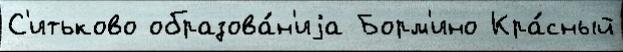
С'итьково образова́н'иjа Борм'ино Кра́сный